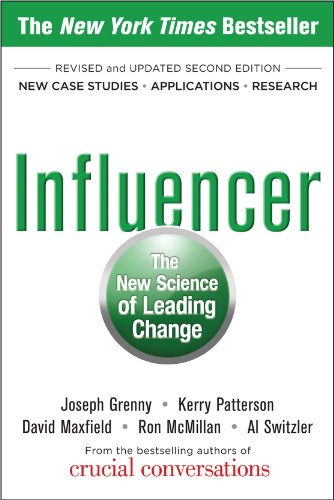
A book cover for Influencer: The New Science of Leading Change, Second Edition; Joseph Grenny; Self-Help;